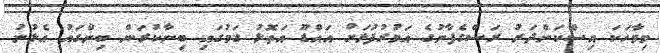
މިވާހަކަ އިސްކަންދަރު ރަސްގެފާނުގެ އަމުރުފުޅަށް އައްޑޫ އަތޮޅު ގަމުގައި ބިނާކުރަން ބިންގައު އެޅުނު